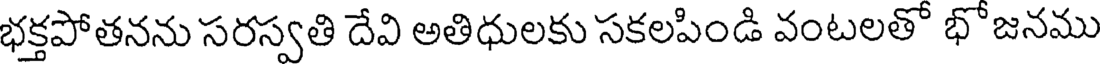
భక్తపోతనను సరస్వతి దేవి అతిధులకు సకలపిండి వంటలతో భోజనము